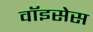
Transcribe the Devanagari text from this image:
वॉइसेस